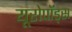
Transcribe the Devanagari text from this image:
यूरोपॉड्स